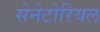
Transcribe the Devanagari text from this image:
सेनेटोरियल